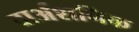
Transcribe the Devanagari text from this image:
दार्अशनिक